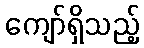
ကျော်ရှိသည့်